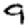
Digit: 9